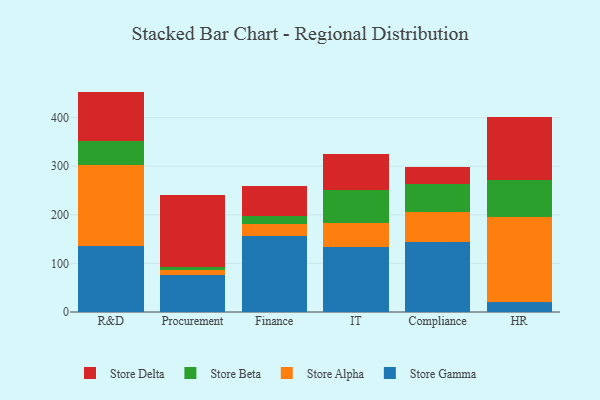
{"axis": {"x": "Department", "y": "LTV (USD)"}, "legend": ["Store Alpha", "Store Beta", "Store Delta", "Store Gamma"], "data": [{"x": "R&D", "y": 136.6, "type": "Store Gamma"}, {"x": "R&D", "y": 166.3, "type": "Store Alpha"}, {"x": "R&D", "y": 48.2, "type": "Store Beta"}, {"x": "R&D", "y": 102.4, "type": "Store Delta"}, {"x": "Procurement", "y": 75.8, "type": "Store Gamma"}, {"x": "Procurement", "y": 10.1, "type": "Store Alpha"}, {"x": "Procurement", "y": 6.5, "type": "Store Beta"}, {"x": "Procurement", "y": 149.3, "type": "Store Delta"}, {"x": "Finance", "y": 155.9, "type": "Store Gamma"}, {"x": "Finance", "y": 24.8, "type": "Store Alpha"}, {"x": "Finance", "y": 17.0, "type": "Store Beta"}, {"x": "Finance", "y": 61.4, "type": "Store Delta"}, {"x": "IT", "y": 133.5, "type": "Store Gamma"}, {"x": "IT", "y": 49.7, "type": "Store Alpha"}, {"x": "IT", "y": 68.8, "type": "Store Beta"}, {"x": "IT", "y": 73.3, "type": "Store Delta"}, {"x": "Compliance", "y": 143.3, "type": "Store Gamma"}, {"x": "Compliance", "y": 62.4, "type": "Store Alpha"}, {"x": "Compliance", "y": 58.5, "type": "Store Beta"}, {"x": "Compliance", "y": 34.5, "type": "Store Delta"}, {"x": "HR", "y": 19.6, "type": "Store Gamma"}, {"x": "HR", "y": 176.9, "type": "Store Alpha"}, {"x": "HR", "y": 74.9, "type": "Store Beta"}, {"x": "HR", "y": 130.8, "type": "Store Delta"}]}